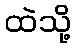
ထဲသို့